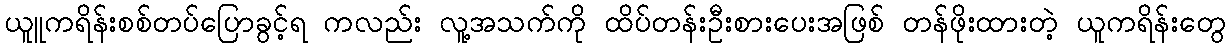
ယူူကရိန်းစစ်တပ်ပြောခွင့်ရ ကလည်း လူ့အသက်ကို ထိပ်တန်းဦးစားပေးအဖြစ် တန်ဖိုးထားတဲ့ ယူကရိန်းတွေ